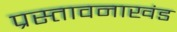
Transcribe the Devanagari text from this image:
प्रस्तावनाखंड